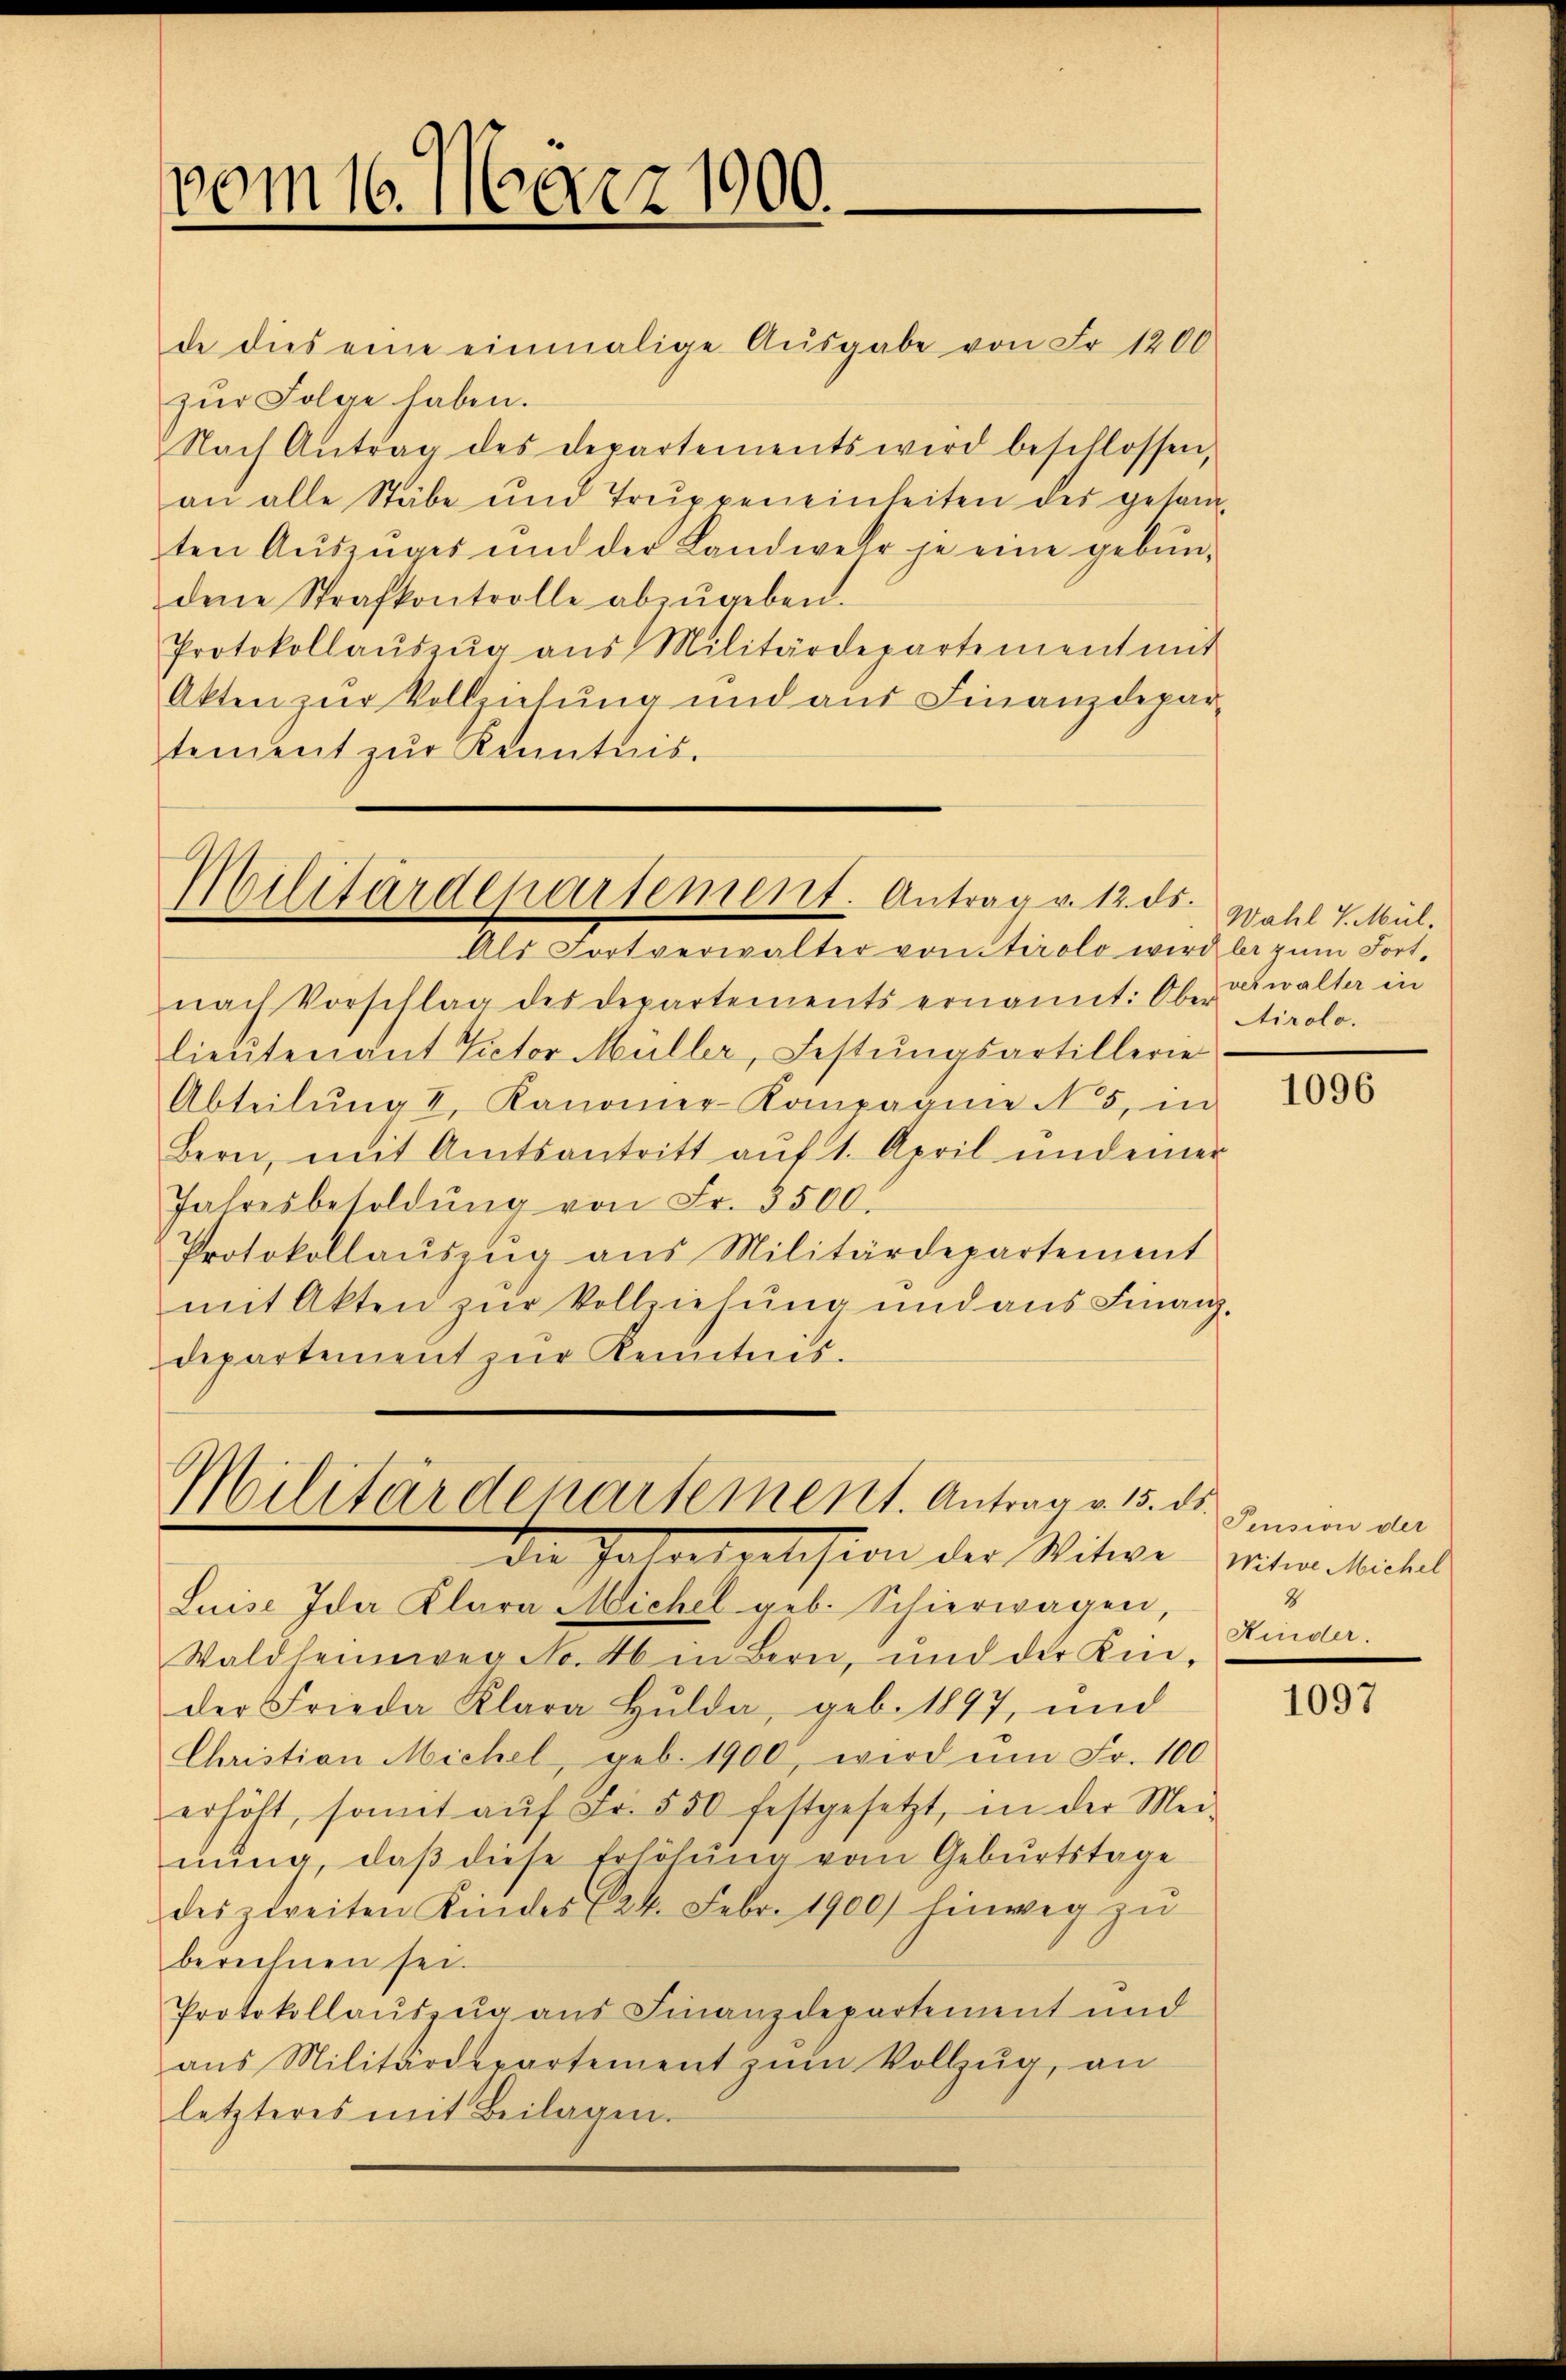
vom 16. März 1900.

de dies eine einmalige Aŭsgabe von Fr. 1200
zŭr Folge haben.
Nach Antrag des Departements wird beschlossen,
an alle Stäbe und Truppeneinheiten des gesanten Aŭszŭges und der Landwehr je eine gebŭn-
dene Strafkontrolle abzŭgeben.
Protokollaŭszŭg ans Militärdepartement mit
Akten zur Vollziehung und aus Finanzdepar-
tement zur Kenntnis.

Militärdepartement. Antrag v. 12. ds.
Als Fortverwalter von Tirolo wird bei zum Fort¬

nach Vorschlag des Departements ernannt: Ober
lieutenant Victor Müller, Festungsartillerie
Abteilŭng I. Kanonier-Kompagnie N. 5, in
Bern, mit Amtsantritt aŭf 1. April und einer
Jahresbesoldŭng von Fr. 3500.
Protokollaŭszŭg ans Militärdepartement
mit Akten zur Vollziehung und aus Finanz-
departement zŭr Kenntnis.

Militärdenartement. Antrag a 15. ds Gemein an
Die Jaloatralision der Witwe mitmarkischel

Luise Ida Klara Michel geb. Schierwagen,
Waldheimweg No. 46 in Bern, und der Kinder Frieda Klara Hulda, geb. 1897, und
Christian Michel, geb. 1900, wird ŭm Fr. 100
erhöht, somit aŭf Fr. 550 festgesetzt, in der Mei-
nung, daß diese Erhöhung vom Geburtstage
des zweiten Kindes (24. Febr. 1900) hinweg zŭ
berechnen sei.
Protokollauszug aus Finanzdepartement und
ans Militärdepartement zŭm Vollzŭg an
letzteres mit Beilagen.

Wahl v. Mül.
verwalter in
Airolo.

1096

2
Kinder.

1097